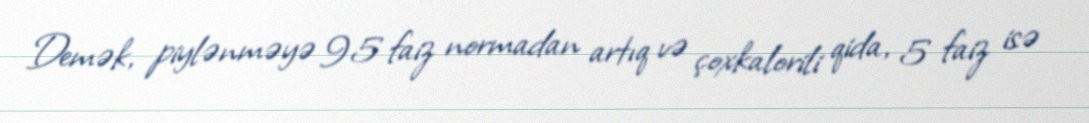
Demək, piylənməyə 95 faiz normadan artıq və çoxkalorili qida, 5 faiz isə